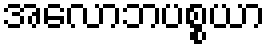
အလောဘပစ္စယာ